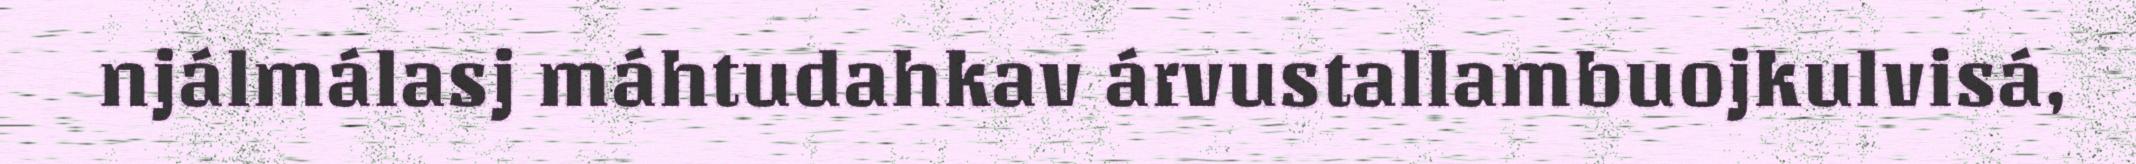
njálmálasj máhtudahkav árvustallambuojkulvisá,